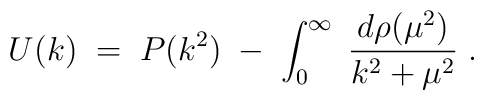
U(k) \; = \; P(k^2) \; - \; \int_0^\infty \;\frac{d\rho(\mu^2)}{k^2 + \mu^2} \; .